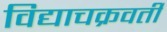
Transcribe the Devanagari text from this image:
विद्याचक्रवर्ती